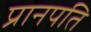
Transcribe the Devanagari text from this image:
प्रानपति